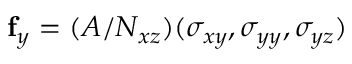
\mathbf { f } _ { y } = ( { A } / { N _ { x z } } ) ( \sigma _ { x y } , \sigma _ { y y } , \sigma _ { y z } )